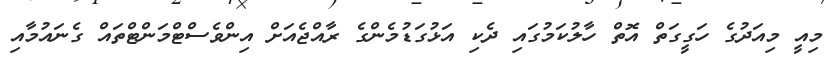
މިއީ މިއަދުގެ ހަގީގަތް އޮތް ހާލުކަމުގައި ދެކި އަޅުގަޑުމެންގެ ރާއްޖެއަށް އިންވެސްޓްމަންޓްތައް ގެނައުމާއި